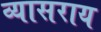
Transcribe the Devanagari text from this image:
व्यासराय